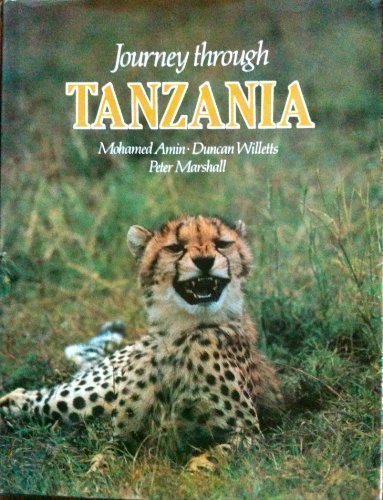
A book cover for Journey Through Tanzania; Duncan Willetts & Peter Marshall Mohamed Amin; Travel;